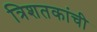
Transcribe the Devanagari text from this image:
त्रिशतकांची